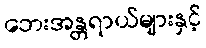
ဘေးအန္တရာယ်များနှင့်